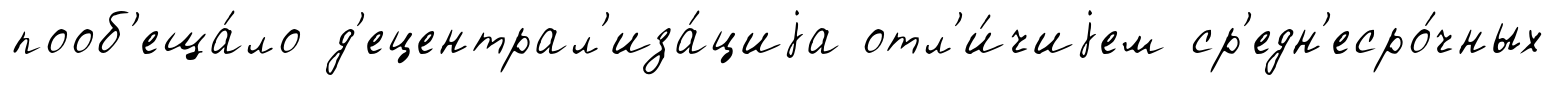
пооб'еща́ло д'ецентрал'иза́циjа отл'и́чиjем ср'едн'есро́чных